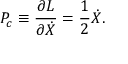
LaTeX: P _ { c } \equiv \frac { \partial L } { \partial \dot { X } } = \frac { 1 } { 2 } \dot { X } .